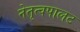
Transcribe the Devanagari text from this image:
नेतृत्वपालट